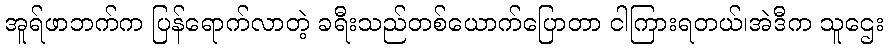
အူရ်ဖာဘက်က ပြန်ရောက်လာတဲ့ ခရီးသည်တစ်ယောက်ပြောတာ ငါကြားရတယ်၊အဲဒီက သူဌေး